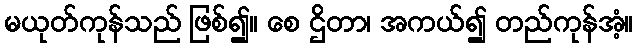
မယုတ်ကုန်သည် ဖြစ်၍။ စေ ဌိတာ၊ အကယ်၍ တည်ကုန်အံ့။